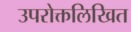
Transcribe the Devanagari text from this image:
उपरोक्तलिखित